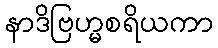
နာဒိဗြဟ္မစရိယကာ